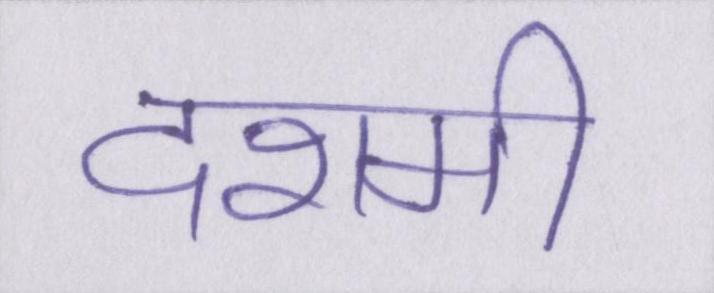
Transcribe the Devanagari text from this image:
दशमी